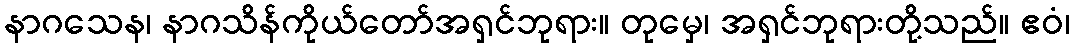
နာဂသေန၊ နာဂသိန်ကိုယ်တော်အရှင်ဘုရား။ တုမှေ၊ အရှင်ဘုရားတို့သည်။ ဧဝံ၊